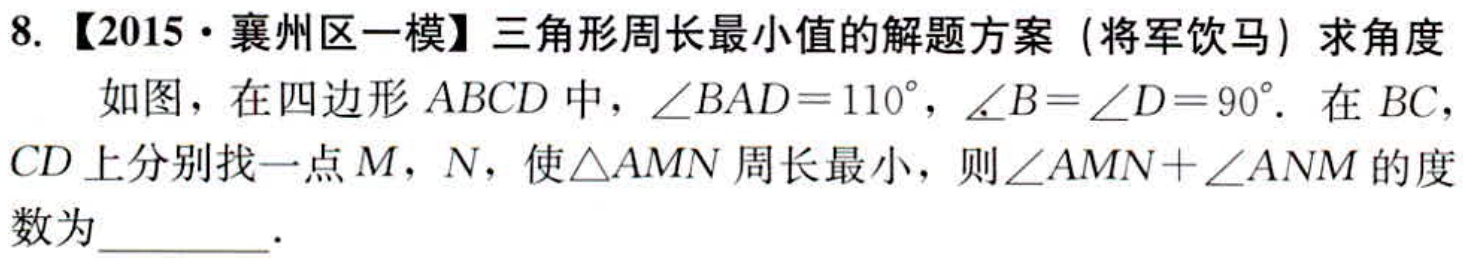
8. 【2015·襄州区一模】三角形周长最小值的解题方案（将军饮马）求角度

  如图，在四边形\(ABCD\)中，\(\angle BAD = 110^{\circ}\)，\(\angle B=\angle D = 90^{\circ}\). 在\(BC\)，\(CD\)上分别找一点\(M\)，\(N\)，使\(\triangle AMN\)周长最小，则\(\angle AMN+\angle ANM\)的度数为  ．